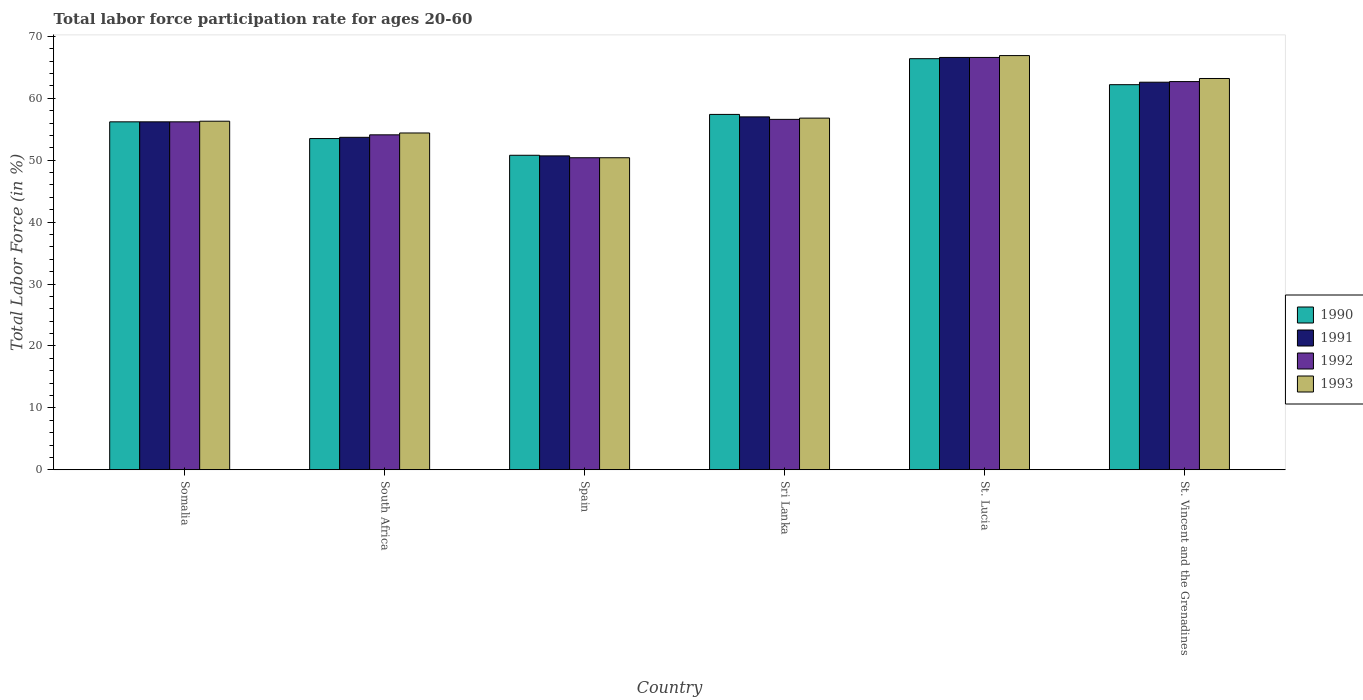
| Country | 1990 | 1991 | 1992 | 1993 |
 | --- | --- | --- | --- | --- |
 | Somalia | 56.2 | 56.2 | 56.2 | 56.3 |
 | South Africa | 53.5 | 53.7 | 54.1 | 54.4 |
 | Spain | 50.8 | 50.7 | 50.4 | 50.4 |
 | Sri Lanka | 57.4 | 57 | 56.6 | 56.8 |
 | St. Lucia | 66.4 | 66.6 | 66.6 | 66.9 |
 | St. Vincent and the Grenadines | 62.2 | 62.6 | 62.7 | 63.2 |